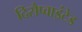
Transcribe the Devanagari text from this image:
दिसैप्वाइंटेड